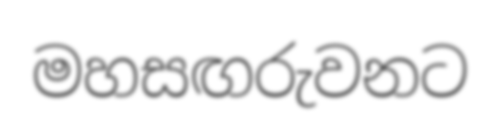
මහසඟරුවනට